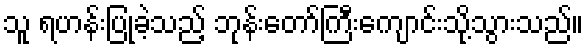
သူ ရဟန်းပြုခဲ့သည့် ဘုန်းတော်ကြီးကျောင်းသို့သွားသည်။